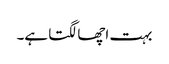
بہت اچھا لگتا ہے۔